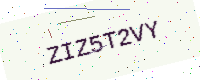
Text: ZIZ5T2VY